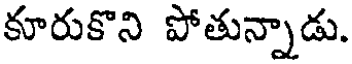
కూరుకొని పోతున్నాడు.